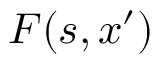
F ( s , x ^ { \prime } )